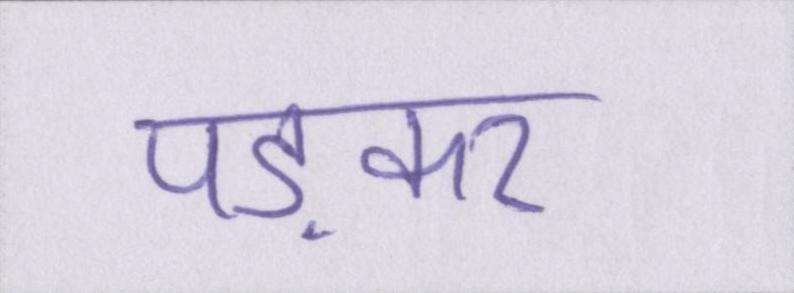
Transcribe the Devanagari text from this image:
पड़कर